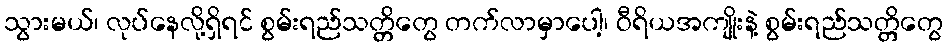
သွားမယ်၊ လုပ်နေလို့ရှိရင် စွမ်းရည်သတ္တိတွေ တက်လာမှာပေါ့၊ ဝီရိယအကျိုးနဲ့ စွမ်းရည်သတ္တိတွေ